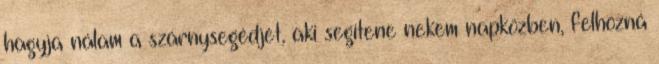
hagyja nálam a szárnysegédjét, aki segítene nekem napközben, felhozná